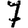
Digit: 7